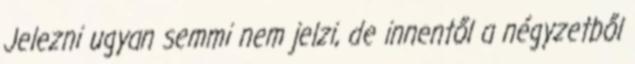
Jelezni ugyan semmi nem jelzi, de innentől a négyzetből